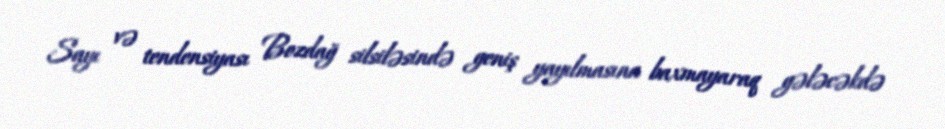
Sayı və tendensiyası Bozdağ silsiləsində geniş yayılmasına baxmayaraq gələcəkdə